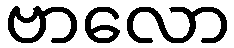
ဗာလော